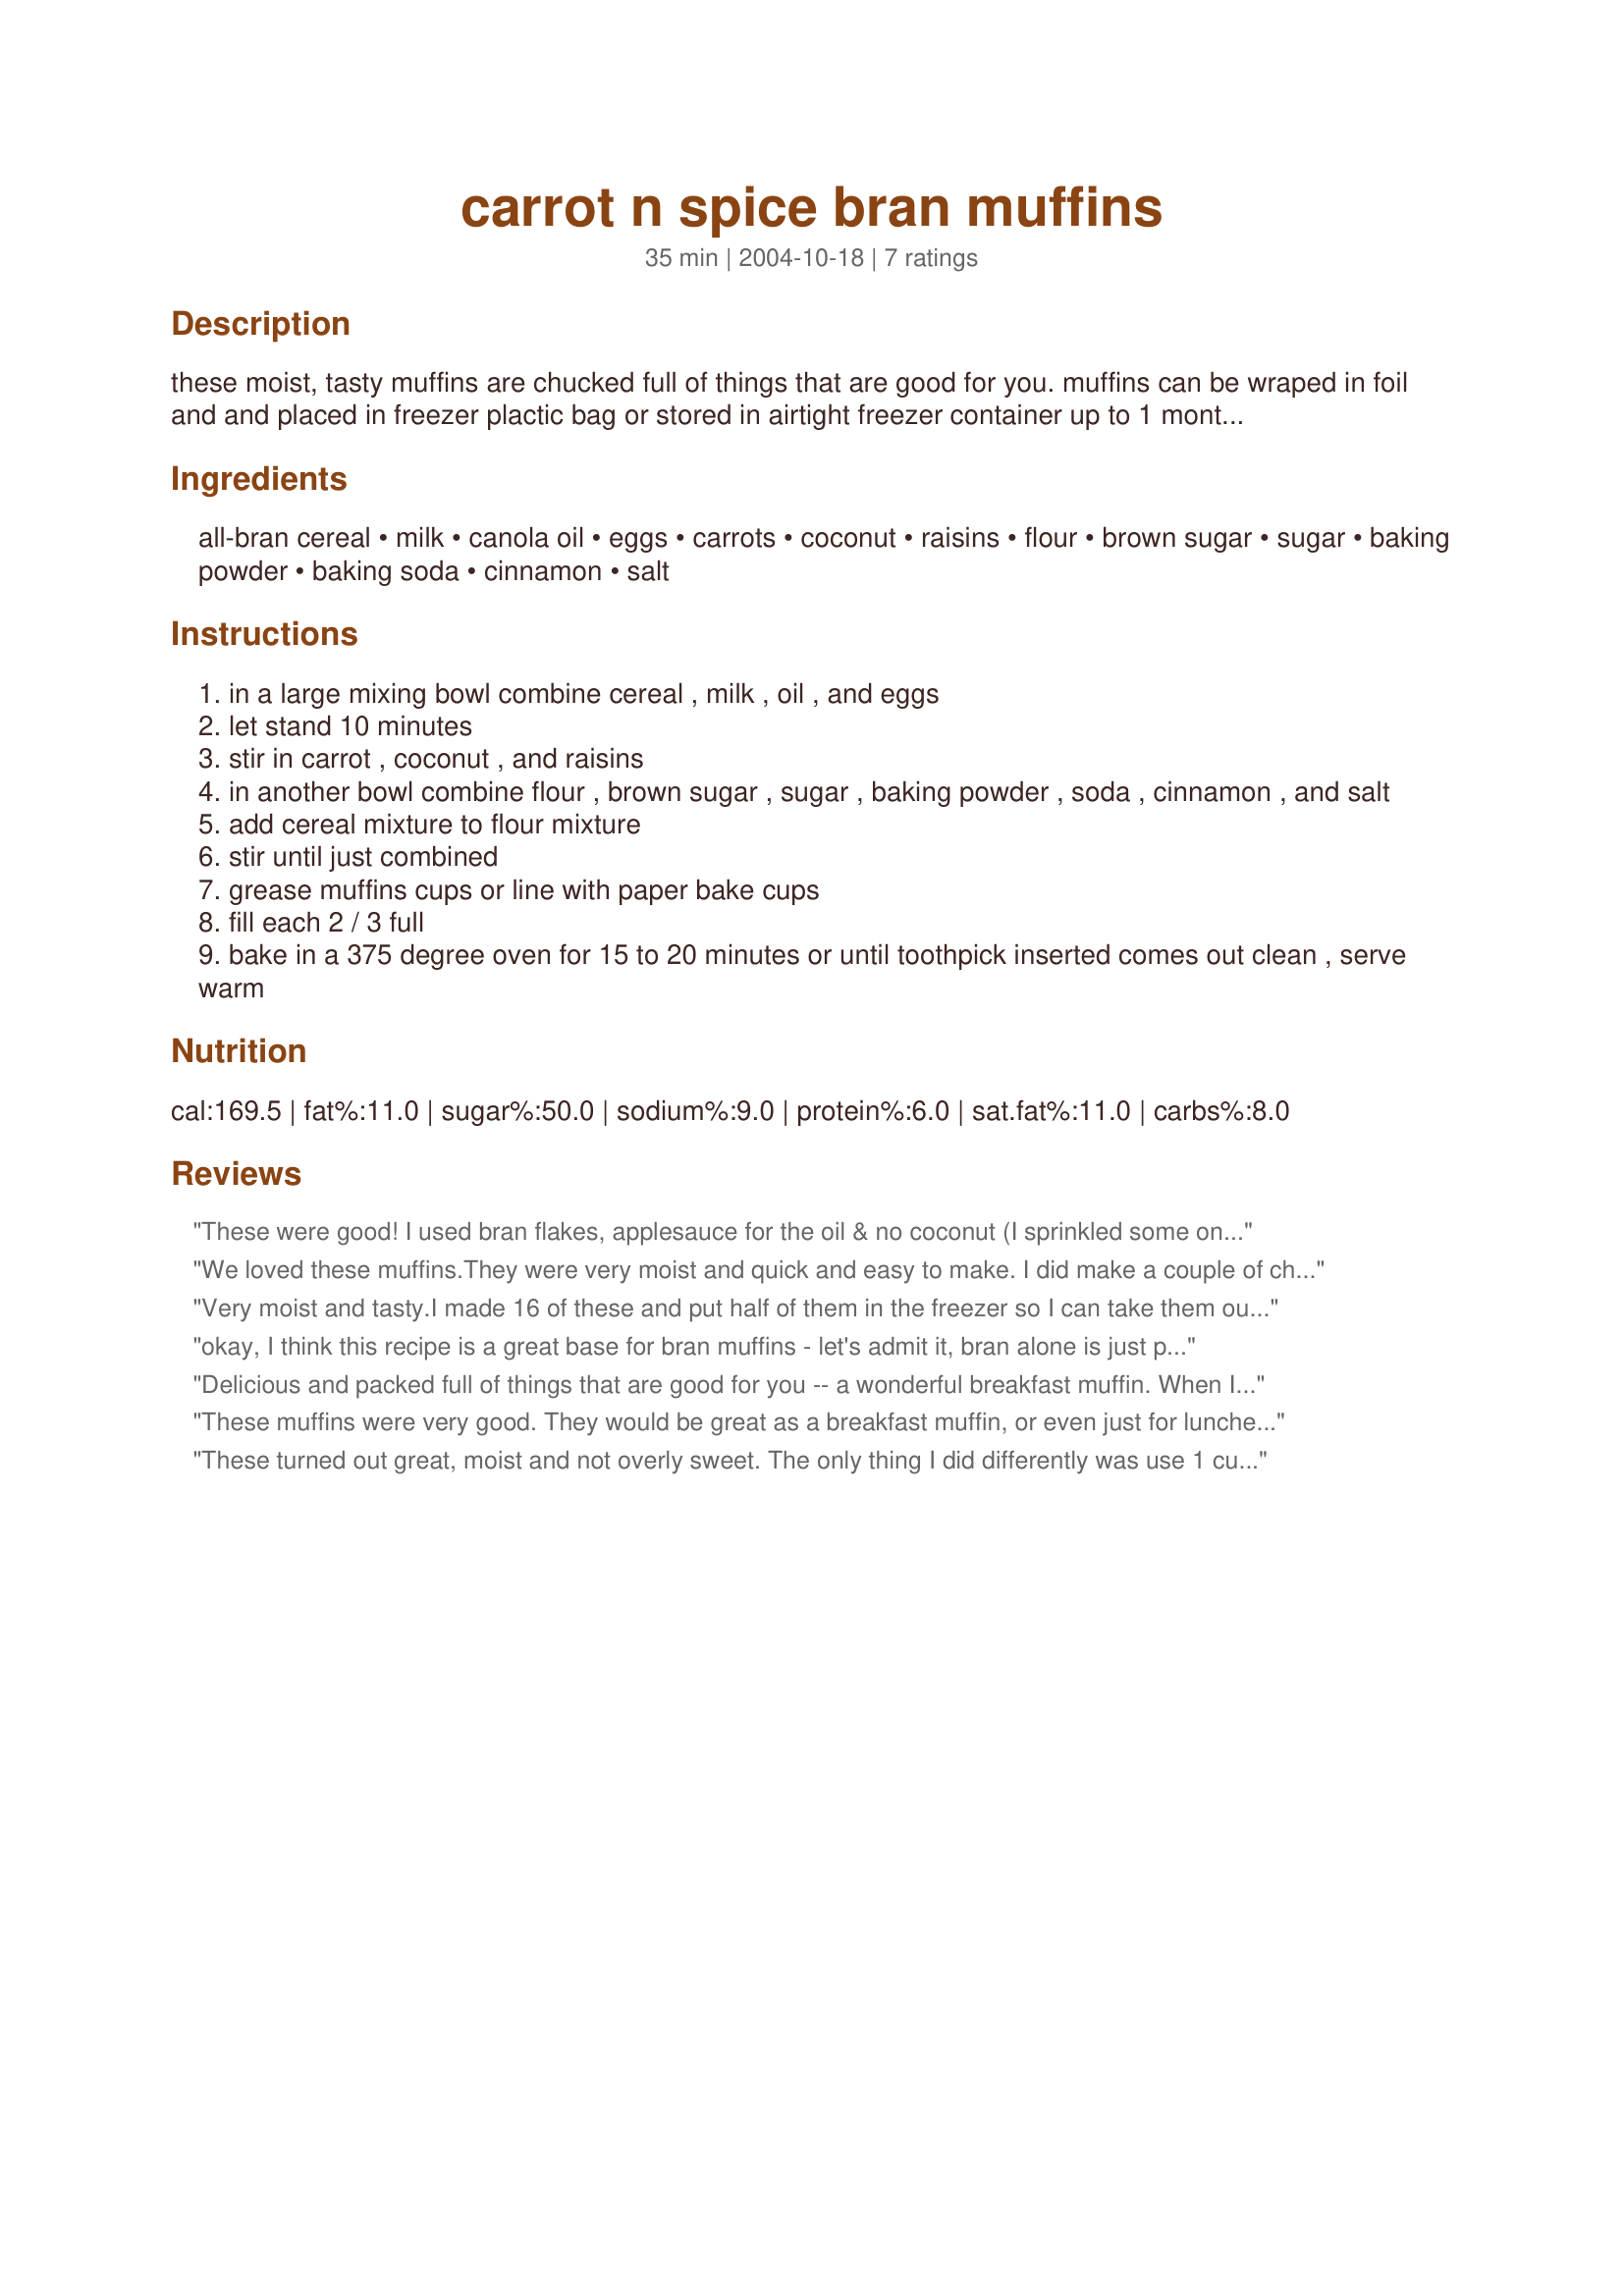
carrot n spice bran muffins
Preparation time: 35 minutes

these moist, tasty muffins are chucked full of things that are good for you. muffins can be wraped in foil and and placed in freezer plactic bag or stored in airtight freezer container up to 1 month. maybe reheated in microwave or oven. the recipe comes from better homes and gardens .

Ingredients:
all-bran cereal, milk, canola oil, eggs, carrots, coconut, raisins, flour, brown sugar, sugar, baking powder, baking soda, cinnamon, salt

Steps:
in a large mixing bowl combine cereal , milk , oil , and eggs
let stand 10 minutes
stir in carrot , coconut , and raisins
in another bowl combine flour , brown sugar , sugar , baking powder , soda , cinnamon , and salt
add cereal mixture to flour mixture
stir until just combined
grease muffins cups or line with paper bake cups
fill each 2 / 3 full
bake in a 375 degree oven for 15 to 20 minutes or until toothpick inserted comes out clean , serve warm

Reviews:
These were good! I used bran flakes, applesauce for the oil & no coconut (I sprinkled some on the top instead). I also used whole wheat flour, about half the Splenda than called for (carrots are pretty sweet on their own!), and Splenda brown sugar. I also used LOTS of cinn! Baked nicely in 22 min. Thank u for sharing!
We loved these muffins.They were very moist and quick and easy to make. I did make a couple of changes. I added a cup of whole wheat flour a 1/2 cup of chopped dates,and upped the milk to 1 1/2 cups. We will definately be making these again thanks for the recipe.
Very moist and tasty.I made 16 of these and put half of them in the freezer so I can take them out as I want them.Delicious!
okay, I think this recipe is a great base for bran muffins - let's admit it, bran alone is just plain boring! The combination of carrot and coconut is a great idea but to reduce the sugar I revamped this recipe slightly. I use 1 shredded apple, a pink lady apple is nice an sweet, I use sweetened coconut and don't add the 1/4 cup sugar, it doesn't need it. I also throw in a few chopped up walnuts and even a few frozen blueberries if I'm in the mood! I add a 1/4 teaspoon extra of baking powder and soda to guarantee some nice height on my muffins where the extra fruit might weigh them down. I've made this version about 4x now - makes a great mid morning work snack to get me to lunch!
Delicious and packed full of things that are good for you -- a wonderful breakfast muffin. When I made these I got 24 muffins--so we had some for breakfast and eating throughout the day and some to freeze for breakfasts/snacks later on. Thanks for sharing! We will be making these muffins often.
These muffins were very good. They would be great as a breakfast muffin, or even just for lunches. We ate a few as soon as they came out of the oven. I changed a few things when I made these: Added 3/4 Cup raisens, 2 Tsp Cinnamon, and I left out the coconut. I will definitely be making these again.
These turned out great, moist and not overly sweet. The only thing I did differently was use 1 cup of coconut and omitted the raisins. They tasted great with my morning coffee and have lots of nutrients.
